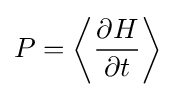
P=\left\langle {\frac {\partial H}{\partial t}}\right\rangle